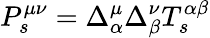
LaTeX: P_{s}^{\mu\nu}=\Delta_{\alpha}^{\mu}\Delta_{\beta}^{\nu}T_{s}^{\alpha\beta}